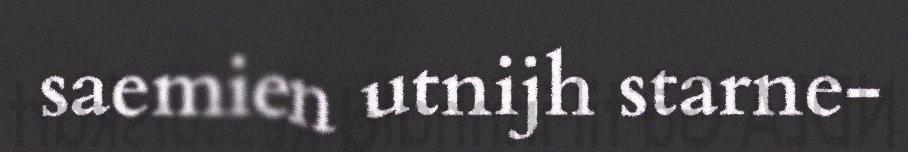
saemien utnijh starne-